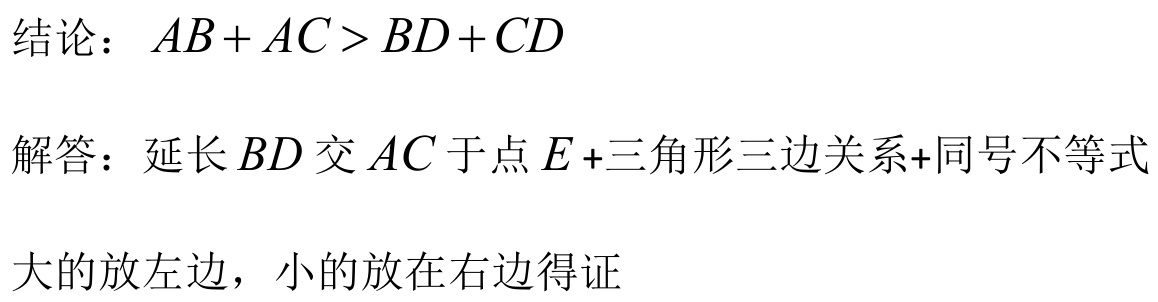
结论：\(AB + AC>BD + CD\)
解答：延长 \(BD\) 交 \(AC\) 于点 \(E\)+三角形三边关系+同号不等式
大的放左边，小的放在右边得证